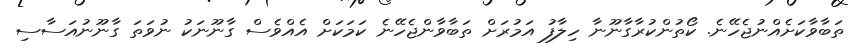
ތަބާވާކަށެއްނުޖެހޭނެ. ކޯތުންކުރާގާނޫނާ ހިލާފު އަމުރަށް ތަބާވާންޖެހޭނެ ކަމަކަށް އެއްވެސް ގާނޫނަކު ނުވަތަ ގާނޫނުއަސާސި